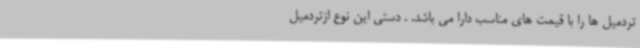
تردمیل ها را با قیمت های مناسب دارا می باشد. . دستی این نوع ازتردمیل